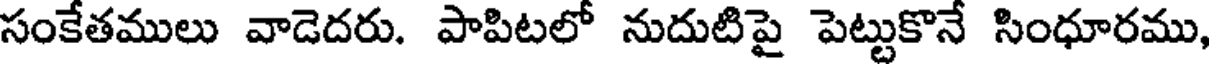
సంకేతములు వాడెదరు. పాపిటలో నుదుటిపై పెట్టుకొనే సింధూరము,